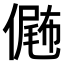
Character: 𠎴